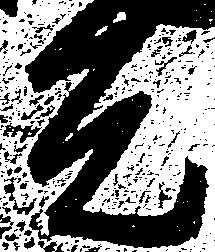
元